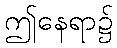
ဤနေရာ၌